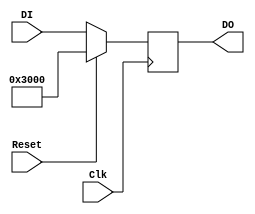
`timescale 1ns / 1ps
//////////////////////////////////////////////////////////////////////////////////
// Company: 
// Engineer: 
// 
// Design Name: 
// Module Name:    pc 
// Project Name: 
// Target Devices: 
// Tool versions: 
// Description: 
//
// Dependencies: 
//
// Revision: 
// Revision 0.01 - File Created
// Additional Comments: 
//
//////////////////////////////////////////////////////////////////////////////////
module pc(
	input Clk,
	input Reset,
	input [31:0] DI,
	output reg [31:0] DO
   );
	
	always @(posedge Clk)
	begin
		if (Reset)
			DO <= 32'h0000_3000;	// 0x0000_3000
		else
			DO <= DI;
	end

endmodule